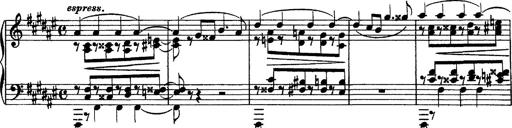
Title: Piano Sonata
Composer: Karl HÃ¤ssler
Key: C major